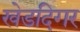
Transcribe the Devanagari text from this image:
खेडदिगर